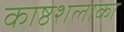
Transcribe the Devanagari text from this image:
काष्ठशलाका